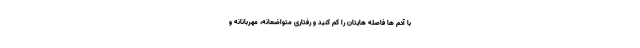
با آدم ها فاصله هایتان را کم کنید و رفتاری متواضعانه، مهربانانه و